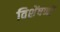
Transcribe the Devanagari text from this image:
विशेंषणों